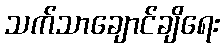
သက်သာချောင်ချိရေး